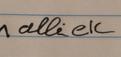
Signature authenticity: forged